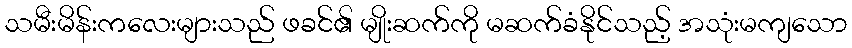
သမီးမိန်းကလေးများသည် ဖခင်၏ မျိုးဆက်ကို မဆက်ခံနိုင်သည့် အသုံးမကျသော